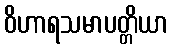
ဝိဟာရသမာပတ္တိယာ